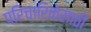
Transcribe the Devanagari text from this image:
परिचारिकेसाठी